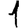
Digit: 1